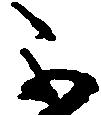
不